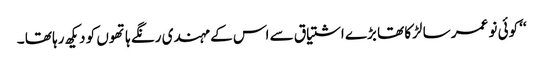
‘‘ کوئی نو عمر سا لڑکا تھا بڑے اشتیاق سے اس کے مہندی رنگے ہاتھوں کو دیکھ رہا تھا ۔